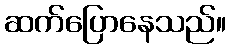
ဆက်ပြောနေသည်။